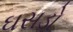
ઘસડો